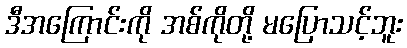
ဒီအကြောင်းကို အစ်ကိုတို့ မပြောသင့်ဘူး